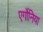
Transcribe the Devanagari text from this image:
एर्गोनिया